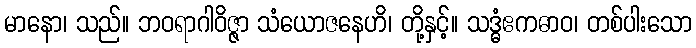
မာနော၊ သည်။ ဘဝရာဂါဝိဇ္ဇာ သံယောဇနေဟိ၊ တို့နှင့်။ သဒ္ဓံဧကဓာဝ၊ တစ်ပါးသော